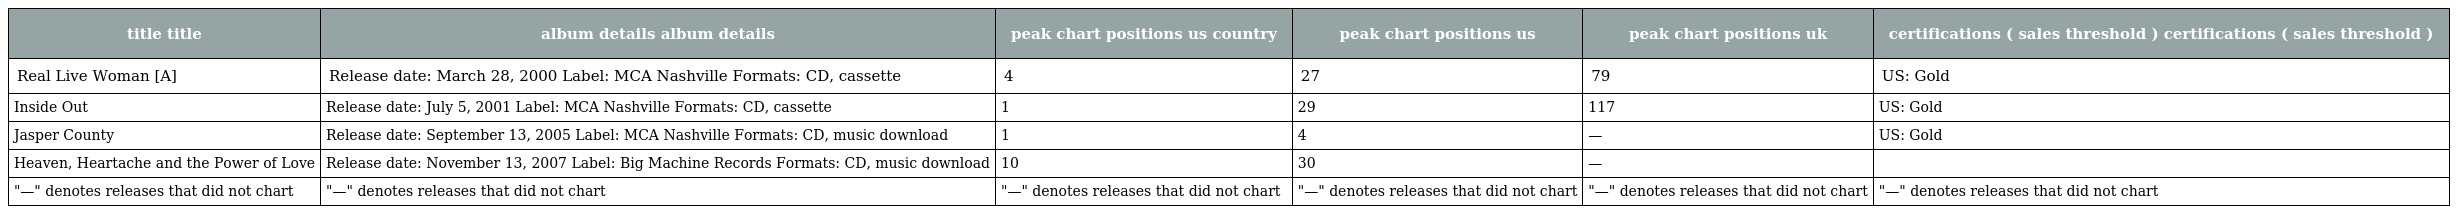
| title title | album details album details | peak chart positions us country | peak chart positions us | peak chart positions uk | certifications ( sales threshold ) certifications ( sales threshold ) |
 | --- | --- | --- | --- | --- | --- |
 | Real Live Woman [A] | Release date: March 28, 2000 Label: MCA Nashville Formats: CD, cassette | 4 | 27 | 79 | US: Gold |
 | Inside Out | Release date: July 5, 2001 Label: MCA Nashville Formats: CD, cassette | 1 | 29 | 117 | US: Gold |
 | Jasper County | Release date: September 13, 2005 Label: MCA Nashville Formats: CD, music download | 1 | 4 | — | US: Gold |
 | Heaven, Heartache and the Power of Love | Release date: November 13, 2007 Label: Big Machine Records Formats: CD, music download | 10 | 30 | — |  |
 | "—" denotes releases that did not chart | "—" denotes releases that did not chart | "—" denotes releases that did not chart | "—" denotes releases that did not chart | "—" denotes releases that did not chart | "—" denotes releases that did not chart |